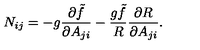
N _ { i j } = - g { \frac { \partial \tilde { f } } { \partial A _ { j i } } } - { \frac { g \tilde { f } } { R } } { \frac { \partial R } { \partial A _ { j i } } } .